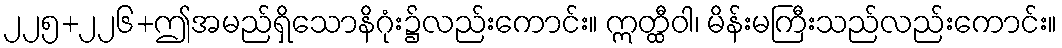
၂၂၅+၂၂၆+ဤအမည်ရှိသောနိဂုံး၌လည်းကောင်း။ ဣတ္ထီဝါ၊ မိန်းမကြီးသည်လည်းကောင်း။